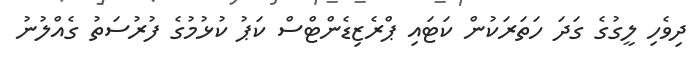
ދިވެހި ލީގުގެ ގަދަ ހަތަރަކުން ކަޓައި ޕްރެޒިޑެންޓްސް ކަޕު ކުޅުމުގެ ފުރުސަތު ގެއްލުނު